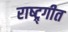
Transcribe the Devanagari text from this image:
राष्ट्र्गीत